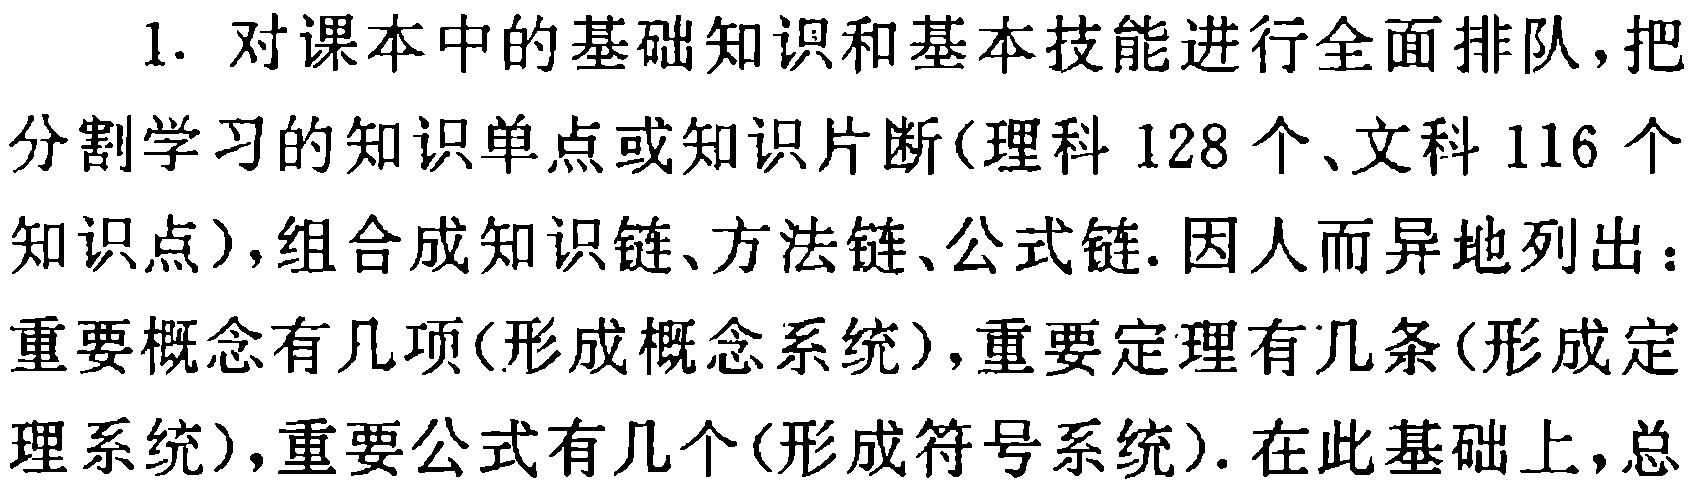
1. 对课本中的基础知识和基本技能进行全面排队，把分割学习的知识单点或知识片断(理科 128 个、文科 116 个知识点)，组合成知识链、方法链、公式链. 因人而异地列出：重要概念有几项(形成概念系统)，重要定理有几条(形成定理系统)，重要公式有几个(形成符号系统). 在此基础上，总